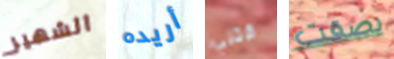
الشهير أريده قتلي بصقت